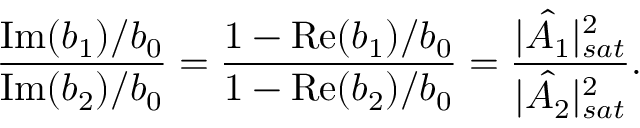
\frac { \mathrm { I m } ( b _ { 1 } ) / b _ { 0 } } { \mathrm { I m } ( b _ { 2 } ) / b _ { 0 } } = \frac { 1 - \mathrm { R e } ( b _ { 1 } ) / b _ { 0 } } { 1 - \mathrm { R e } ( b _ { 2 } ) / b _ { 0 } } = \frac { | \hat { A _ { 1 } } | _ { s a t } ^ { 2 } } { | \hat { A _ { 2 } } | _ { s a t } ^ { 2 } } .